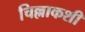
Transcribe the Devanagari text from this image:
चिल्लाकशी